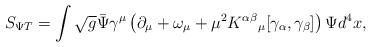
\begin{align*}S_{\Psi T} = \int \sqrt{g} {\bar \Psi}\gamma^\mu \left( \partial_\mu + \omega_{\mu} +\mu^{2} K^{\alpha \beta}{}_{\mu} [\gamma_\alpha, \gamma_\beta] \right) \Psi d^4 x,\end{align*}